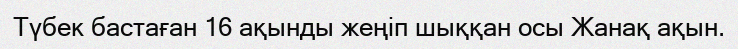
Түбек бастаған 16 ақынды жеңіп шыққан осы Жанақ ақын.